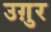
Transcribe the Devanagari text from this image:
उग़ुर